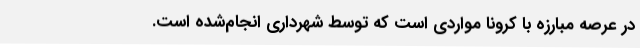
در عرصه مبارزه با کرونا مواردی است که توسط شهرداری انجام‌شده است.